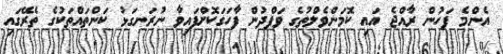
އެންމެ ފަހުން ރާއްޖެ އައި ކޮމަންވެލްތުގެ ވަފްދުން ފާހަގަކޮށްފައިވާ ނުރަނގަޅު ކަންތައްތަކުގެ ތެރޭގައި